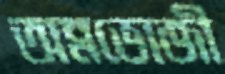
অন্নভোজী